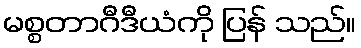
မစ္စတာဂီဒီယံကို ပြန် သည်။